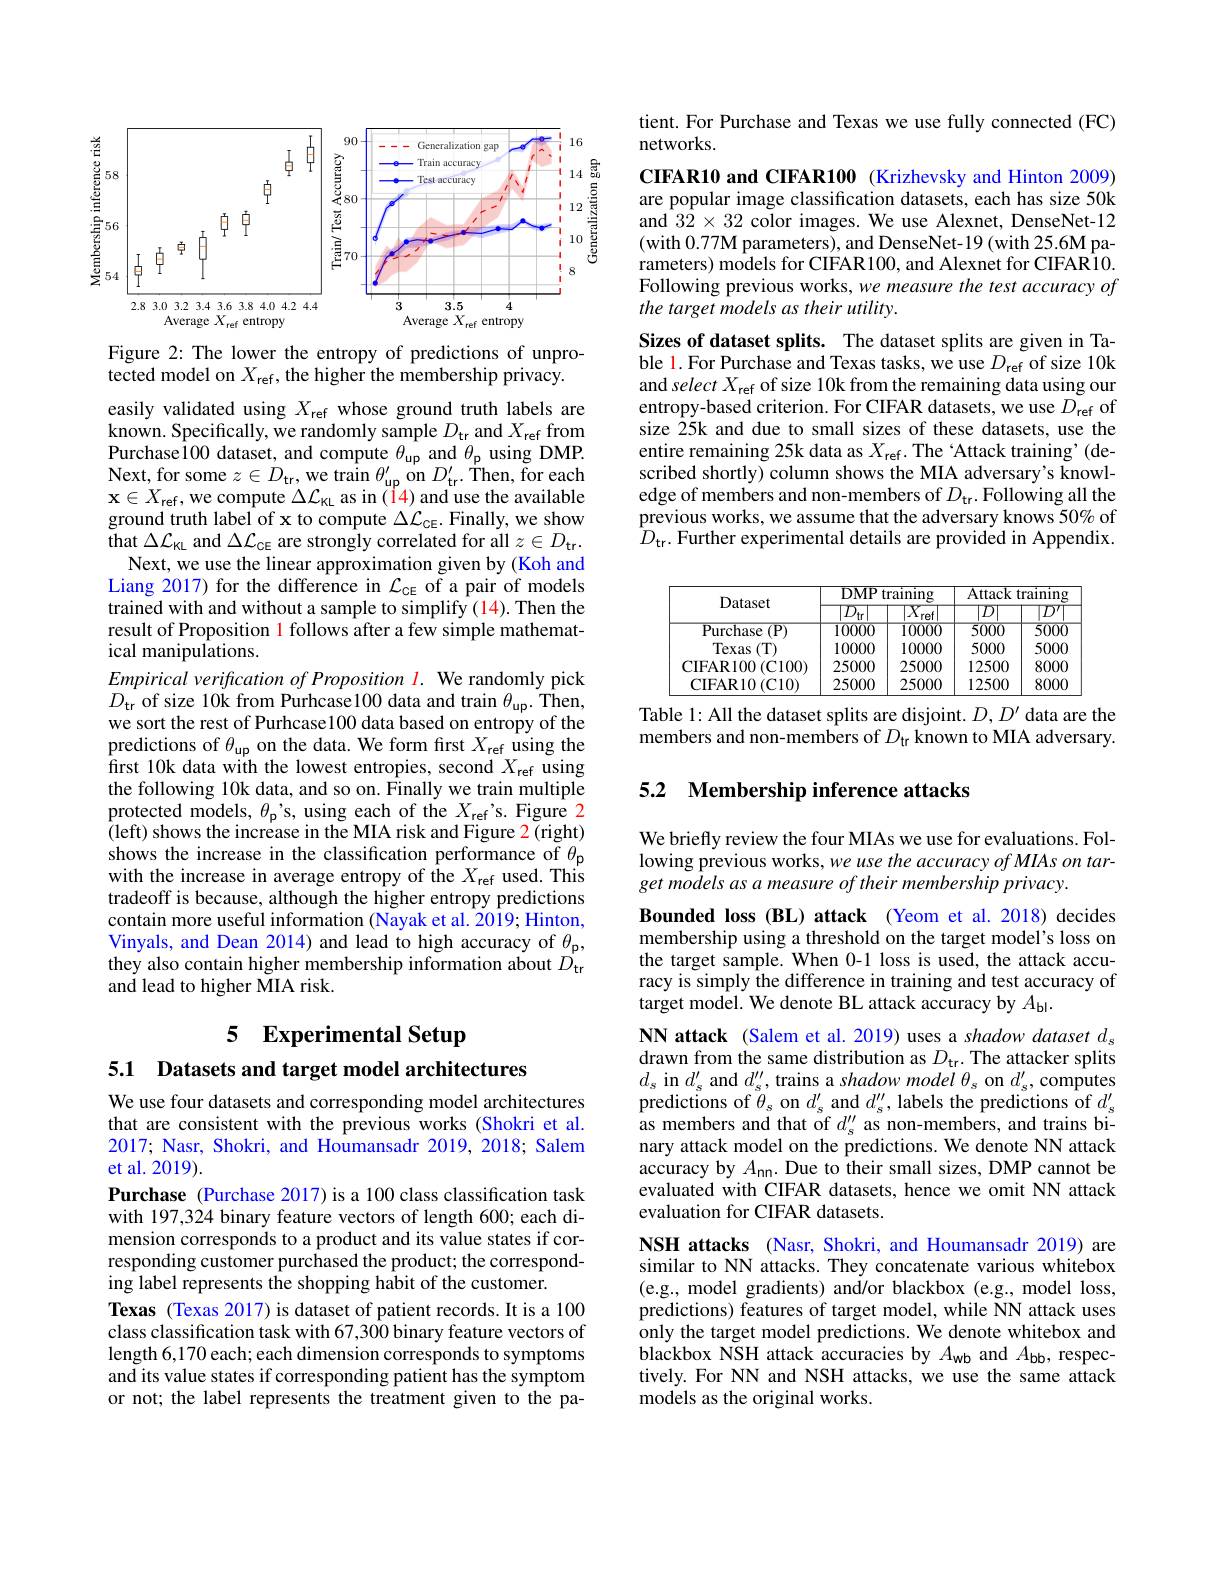
<FigureHere>

Figure 2: The lower the entropy of predictions of unprotected model on $X_\mathrm{ref}$, the higher the membership privacy.

easily validated using $X_\mathrm{ref}$ whose ground truth labels are known. Specifically, we randomly sample $D_\mathrm{tr}$ and $X_\mathrm{ref}$ from Purchase100 dataset, and compute $\theta _{up}$ and $\theta _{p}$ using DMP. Next, for some $z\in D_{\mathrm{tr}}$,we train $\theta_{\mathrm{up}}^{\prime}$ on $D_{\mathrm{tr}}^{\prime}.$ Then, for each $\mathbf{x} \in X_{\mathrm{ref}}$,we compute $\Delta\mathcal{L}_\mathrm{KL}$ as in (T4) and use the available ground truth label of x to compute $\Delta\mathcal{L}_\mathrm{CE}.$ Finally, we show that $\Delta\mathcal{L}_{\mathrm{KL}}$ and $\Delta\mathcal{L}_{\mathrm{CE}}$ are strongly correlated for all $z\in D_{\mathrm{tr}}.$ Next, we use the linear approximation given by (Koh and Liang 2017) for the difference in $\mathcal{L}_\mathrm{cE}$ of a pair of models trained with and without a sample to simplify (14). Then the result of Proposition 1 follows after a few simple mathematical manipulations.
Empirical verification of Proposition l. We randomly pick $D_{\mathrm{tr}}$ of size 10k from Purhcase100 data and train $\theta_\mathrm{up.}$ Then, we sort the rest of Purhcase100 data based on entropy of the predictions of $\theta_\mathrm{up}$ on the data. We form first $X_\mathrm{ref}$ using the $\hat{f}$rst 10k data with the lowest entropies, second $X_{\mathrm{ref~}}$using the following 10k data, and so on. Finally we train multiple protected models, $\theta_{\mathrm{p}}’$s, using each of the $X_{\mathrm{ref}}’$s. Figure 2 ( left) shows the increase in the MIA risk and Figure 2 ( right) shows the increase in the classification performance of $\theta_\mathrm{p}$ with the increase in average entropy of the $X_\mathrm{ref}$ used. This tradeoff is because, although the higher entropy predictions contain more useful information (Nayak et al. 2019; Hinton, Vinyals, and Dean 2014) and lead to high accuracy of $\theta_\mathrm{p}$, they also contain higher membership information about $D_\mathrm{tr}$ and lead to higher MIA risk.

## 5 Experimental Setup
5.1 Datasets and target model architectures

We use four datasets and corresponding model architectures that are consistent with the previous works (Shokri et al. 2017; Nasr, Shokri, and Houmansadr 2019, 2018; Salem et al. 2019).

Purchase (Purchase 2017) is a 100 class classification task with 197,324 binary feature vectors of length 600; each dimension corresponds to a product and its value states if corresponding customer purchased the product; the corresponding label represents the shopping habit of the customer.
Texas (Texas 2017) is dataset of patient records. It is a 100 class classification task with 67,300 binary feature vectors of length 6,170 each; each dimension corresponds to symptoms and its value states if corresponding patient has the symptom or not; the label represents the treatment given to the pa-

tient. For Purchase and Texas we use fully connected (FC)
networks.

CIFAR10 and CIFAR100 (Krizhevsky and Hinton 2009) are popular image classification datasets, each has size 50k and $32\times32$ color images. We use Alexnet, DenseNet-12 (with 0.77M parameters), and DenseNet-19(with 25.6M parameters) models for CIFAR100, and Alexnet for CIFAR10. Following previous works, we measure the test accuracy of the target models as their utility.

Sizes of dataset splits. The dataset splits are given in Table 1. For Purchase and Texas tasks, we use $D_\mathrm{ref}$ of size 10k and select $X_\mathrm{ref}$ of size 10k from the remaining data using our entropy-based criterion. For CIFAR datasets, we use $D_\mathrm{ref}$ of size 25k and due to small sizes of these datasets, use the entire remaining 25k data as $X_\mathrm{ref}.$ The‘Attack training’(described shortly) column shows the MIA adversary's knowledge of members and non-members of $D_\mathrm{tr}.$Following all the previous works, we assume that the adversary knows 50% of $D_{\mathrm{tr.~Further~experimental~details~are~provided~in~Appendix.}}$

<table>
	<tbody>
		<tr>
			<th rowspan="2">Dataset</th>
			<th colspan="2">DMP training</th>
			<th colspan="2">Attack training</th>
		</tr>
		<tr>
			<th> 1</th>
			<th>$X$ rpf</th>
			<th> </th>
			<th>72</th>
		</tr>
		<tr>
			<td>Purchase $\because(\mathbf{P})$</td>
			<td>10000</td>
			<td>10000</td>
			<td>5000</td>
			<td>50000.</td>
		</tr>
		<tr>
			<td>Texas (T)</td>
			<td>10000</td>
			<td>10000</td>
			<td>5000</td>
			<td>5000</td>
		</tr>
		<tr>
			<td>CIFAR100(C100)</td>
			<td>25000</td>
			<td>25000</td>
			<td>12500</td>
			<td>8000</td>
		</tr>
		<tr>
			<td>CIFAR10(C10)</td>
			<td>25000</td>
			<td>25000</td>
			<td>12500</td>
			<td>8000</td>
		</tr>
	</tbody>
</table>

Table 1: All the dataset splits are disjoint. $D,D^{\prime}$ data are the members and non-members of $D_{\mathrm{tr}}$ known to MIA adversary.

# 5.2 Membership inference attacks

We briefly review the four MIAs we use for evaluations. Following previous works, we use the accuracy of MIAs on target models as a measure of their membership privacy.

Bounded loss (BL) attack (Yeom et al.2018) decides membership using a threshold on the target model's loss on the target sample. When 0-1 loss is used, the attack accuracy is simply the difference in training and test accuracy of target model. We denote BL attack accuracy by $A_\mathrm{bl}.$
NN attack (Salem et al. 2019) uses a shadow dataset $d_s$ drawn from the same distribution as $D_\mathrm{tr}.$ The attacker splits $d_{s}$ in $d_s^\prime$ and $d_s^\prime\prime$,trains a shadow model $\theta_s$ on $d_s^\prime$,computes predictions of $\theta_{s}$ on $d_{s}^{\prime}$ and $d_{s}^{\prime\prime}$, labels the predictions of $d_{s}^{\prime\prime}$ as members and that of $d_s^{\prime\prime}$ as non-members, and trains binary attack model on the predictions. We denote NN attack accuracy by $A_\mathrm{nn}.$ Due to their small sizes, DMP cannot be evaluated with CIFAR datasets, hence we omit NN attack evaluation for CIFAR datasets.
NSH attacks (Nasr, Shokri, and Houmansadr 2019) are similar to NN attacks. They concatenate various whitebox (e.g., model gradients) and/or blackbox (e.g., model loss, predictions) features of target model, while NN attack uses only the target model predictions. We denote whitebox and blackbox NSH attack accuracies by $A_\mathrm{wb}$ and $A_\mathrm{bb}$, respectively. For NN and NSH attacks, we use the same attack models as the original works.